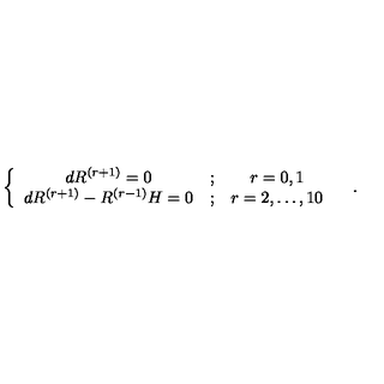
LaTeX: \left\{ \begin{array} { c c c } { d R ^ { \left( r + 1 \right) } = 0 } & { ; } & { r = 0 , 1 } \\ { d R ^ { \left( r + 1 \right) } - R ^ { \left( r - 1 \right) } H = 0 } & { ; } & { r = 2 , \ldots , 1 0 } \\ \end{array} \right. \quad .